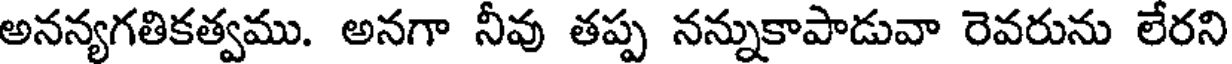
అనన్యగతికత్వము. అనగా నీవు తప్ప నన్నుకాపాడువా రెవరును లేరని